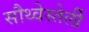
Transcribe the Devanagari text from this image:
सौथ्वेस्तेर्ली